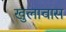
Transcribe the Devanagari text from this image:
खुलावास